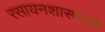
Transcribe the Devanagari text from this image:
रसायनशास्त्राशी